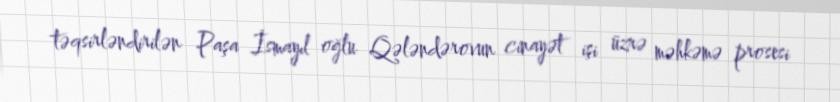
təqsirləndirilən Paşa İsmayıl oğlu Qələndərovun cinayət işi üzrə məhkəmə prosesi